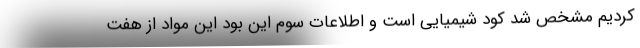
کردیم مشخص شد کود شیمیایی است و اطلاعات سوم این بود این مواد از هفت